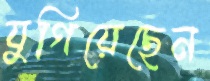
যুগিয়েছেন